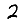
Digit: 2